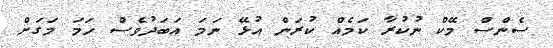
ސެންސް މޭކް ނުކުރާ ކަމެއް ކުރަން އުޅޭ ނަމަ އަބަދުވެސް ހަމަ މަގަށް